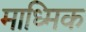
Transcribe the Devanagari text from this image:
माध्मिक